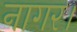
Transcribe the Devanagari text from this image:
नागर।